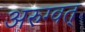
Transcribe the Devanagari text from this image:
अरुग्वत्